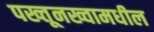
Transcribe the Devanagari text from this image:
पख्तूनख्वामधील